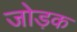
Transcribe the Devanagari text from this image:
जोड़क